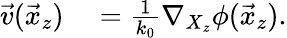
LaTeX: \begin{array}{rl}{\vec{v}(\vec{x}_{z})}&{{}=\frac{1}{k_{0}}\nabla_{X_{z}}\phi(\vec{x}_{z}).}\end{array}